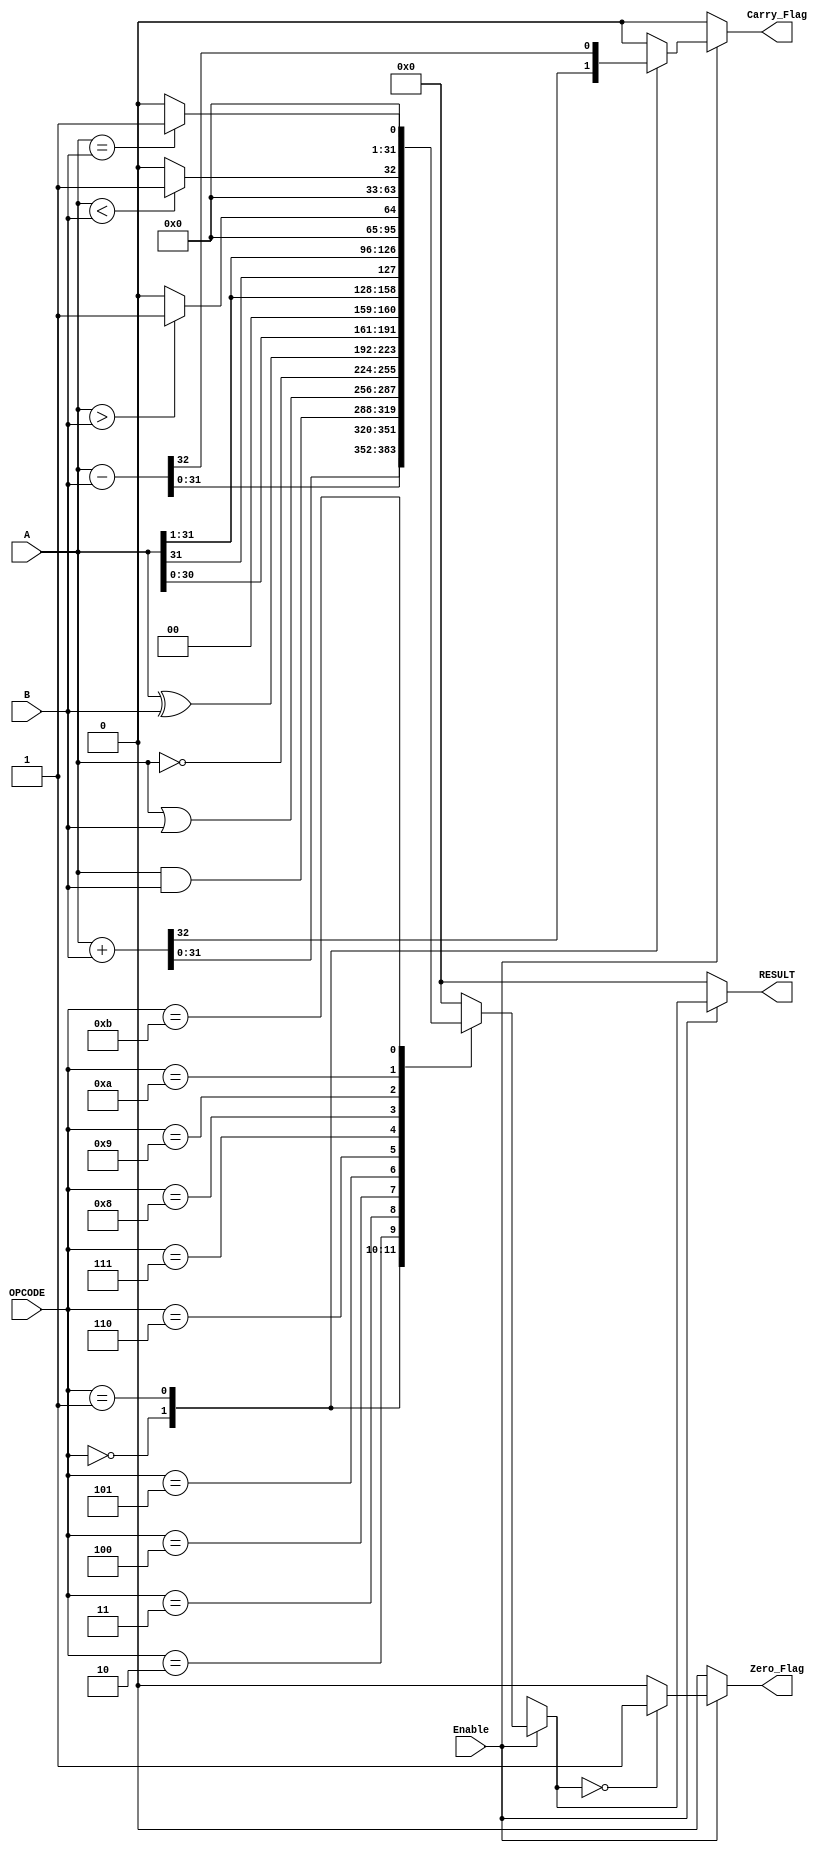
module ParameterizedALU #(
    parameter DATA_WIDTH = 32,               // Width of the data buses
    parameter OPERATION_WIDTH = 4            // Number of operation select bits
) (
    input  wire [DATA_WIDTH-1:0] A,         // First operand
    input  wire [DATA_WIDTH-1:0] B,         // Second operand
    input  wire [OPERATION_WIDTH-1:0] OPCODE,// Operation select
    input  wire Enable,                       // Enable signal
    output reg  [DATA_WIDTH-1:0] RESULT,    // Result of the operation
    output reg  Zero_Flag,                   // Zero flag
    output reg  Carry_Flag                   // Carry flag for arithmetic operations
);

    // Operation codes
    localparam [OPERATION_WIDTH-1:0] 
        ADD      = 4'b0000,
        SUB      = 4'b0001,
        AND      = 4'b0010,
        OR       = 4'b0011,
        NOT      = 4'b0100,
        XOR      = 4'b0101,
        SHL      = 4'b0110,   // Logical Shift Left
        SHR      = 4'b0111,   // Logical Shift Right
        ASR      = 4'b1000,   // Arithmetic Shift Right
        GT       = 4'b1001,   // Greater Than
        LT       = 4'b1010,   // Less Than
        EQ       = 4'b1011;   // Equal To

    always @(*) begin
        if (Enable) begin
            Carry_Flag = 1'b0;  // Default carry flag
            Zero_Flag = 1'b0;   // Default zero flag
            
            case (OPCODE)
                ADD: begin
                    {Carry_Flag, RESULT} = A + B; // Capture carry here
                end
                SUB: begin
                    {Carry_Flag, RESULT} = A - B; // Capture carry (borrow)
                end
                AND: RESULT = A & B;
                OR:  RESULT = A | B;
                NOT: RESULT = ~A; // Unary operation
                XOR: RESULT = A ^ B;
                SHL: RESULT = A << 1;
                SHR: RESULT = A >> 1;
                ASR: RESULT = $signed(A) >>> 1; // Arithmetic right shift
                GT: RESULT = (A > B) ? 1 : 0; // 1 if A > B, else 0
                LT: RESULT = (A < B) ? 1 : 0; // 1 if A < B, else 0
                EQ: RESULT = (A == B) ? 1 : 0; // 1 if A == B, else 0
                default: RESULT = 0; // Default case
            endcase
            
            // Update Zero_Flag
            Zero_Flag = (RESULT == 0) ? 1 : 0;
        end else begin
            RESULT = 0;
            Zero_Flag = 0;
            Carry_Flag = 0;
        end
    end

endmodule